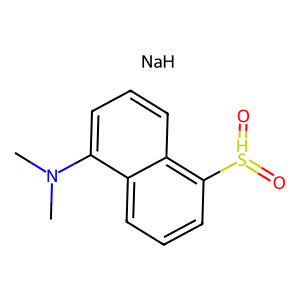
SMILES: CN(C)c1cccc2c([SH](=O)=O)cccc12.[NaH]
Inhibits HIV replication: No